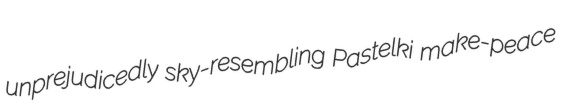
unprejudicedly sky-resembling Pastelki make-peace